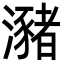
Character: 瀦